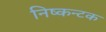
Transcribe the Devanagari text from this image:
निष्कन्टक